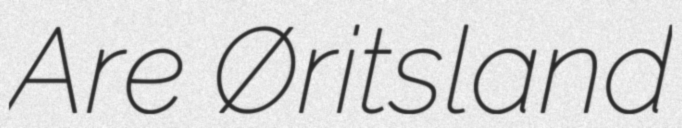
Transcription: Are Øritsland